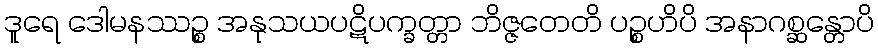
ဒူရေ ဒေါမနဿဉ္စ အနုသယပဋိပက္ခတ္တာ ဘိဇ္ဇတေတိ ပဉ္စဟိပိ အနာဂစ္ဆန္တောပိ